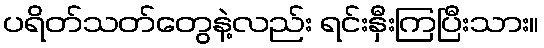
ပရိတ်သတ်တွေနဲ့လည်း ရင်းနှီးကြပြီးသား။